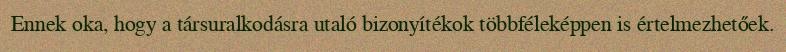
Ennek oka, hogy a társuralkodásra utaló bizonyítékok többféleképpen is értelmezhetőek.